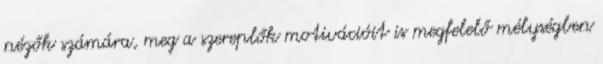
nézők számára, meg a szereplők motivációit is megfelelő mélységben